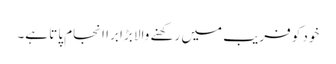
خود کو فریب میں رکھنے والا بڑا برا انجام پاتا ہے۔